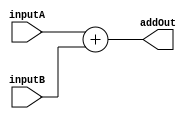
module Adder(inputA, inputB, addOut);

input [7:0] inputA;
input [7:0] inputB;
output [7:0] addOut;
reg [7:0] addOut;

always @ (inputA or inputB)
begin
	addOut = inputA + inputB;
end
endmodule